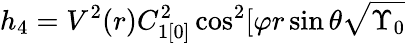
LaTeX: h_{4}=V^{2}(r)C_{1[0]}^{2}\cos^{2}[\varphi r\sin\theta\sqrt{\Upsilon_{0}}